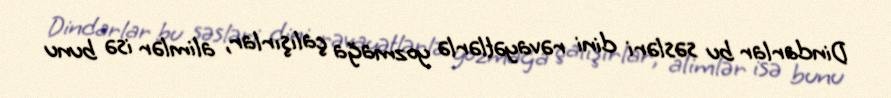
Dindarlar bu səsləri dini rəvayətlərlə yozmağa çalışırlar, alimlər isə bunu